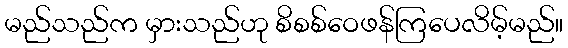
မည်သည်က မှားသည်ဟု စိစစ်ဝေဖန်ကြပေလိမ့်မည်။